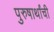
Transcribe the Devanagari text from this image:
पुरुषार्थांची